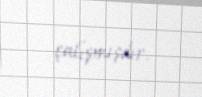
çalışmışdır.